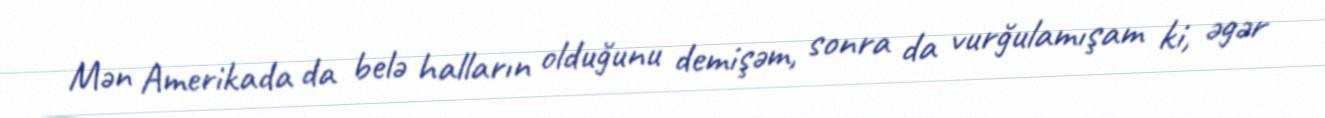
Mən Amerikada da belə halların olduğunu demişəm, sonra da vurğulamışam ki, əgər